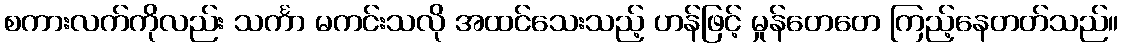
စကားလက်ကိုလည်း သင်္ကာ မကင်းသလို အထင်သေးသည့် ဟန်ဖြင့် မှုန်တေတေ ကြည့်နေတတ်သည်။